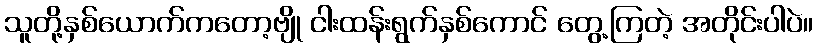
သူတို့နှစ်ယောက်ကတော့ဗျို ငါးထန်းရွက်နှစ်ကောင် တွေ့ကြတဲ့ အတိုင်းပါပဲ။